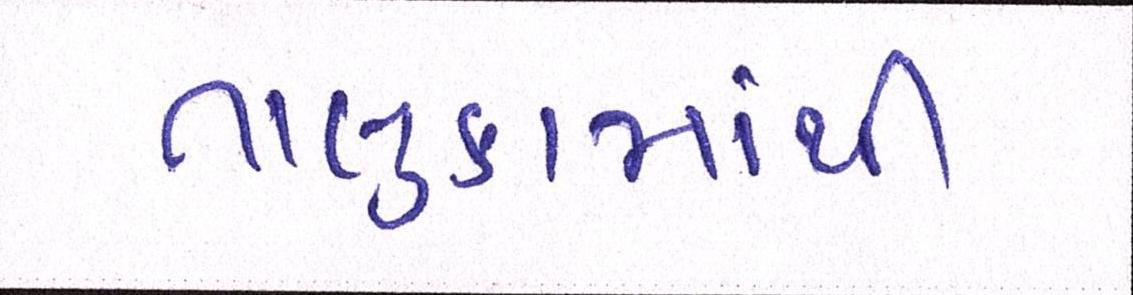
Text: તાલુકામાંથી